Leaving Certificate Examination (including Day School Certificate (Higher) General paper), 1932
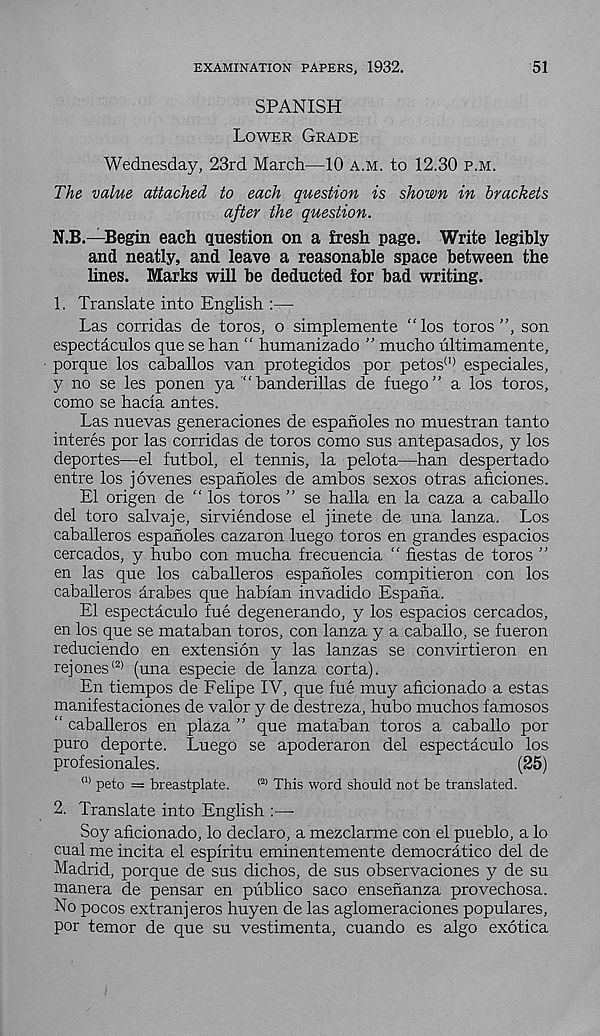
EXAMINATION PAPERS, 1932.
51
SPANISH
Lower Grade
Wednesday, 23rd March—10 a.m. to 12.30 p.m.
The value attached to each question is shown in brackets
after the question.
N.B.—Begin each question on a fresh page. Write legibly
and neatly, and leave a reasonable space between the
lines. Marks will be deducted for bad writing.
1. Translate into English :—
Las corridas de toros, o simplemente “ los toros ”, son
espectaculos que se han “ humanizado ” mucho ultimamente,
porque los caballos van protegidos por petos (1) especiales,
y no se les ponen yabanderillas de fuego” a los toros,
como se hacia antes.
Las nuevas generaciones de espanoles no muestran tanto
interes por las corridas de toros como sus antepasados, y los
deportes—el futbol, el tennis, la pelota—han despertado
entre los jovenes espanoles de ambos sexos otras aficiones.
El origen de “ los toros ” se halla en la caza a caballo
del toro salvaje, sirviendose el jinete de una lanza. Los
caballeros espanoles cazaron luego toros en grandes espacios
cercados, y hubo con mucha frecuencia “ fiestas de toros ”
en las que los caballeros espanoles compitieron con los
caballeros arabes que habian invadido Espana.
El espectaculo fue degenerando, y los espacios cercados,
en los que se mataban toros, con lanza y a caballo, se fueron
reduciendo en extension y las lanzas se convirtieron en
rejones <2) (una especie de lanza corta).
En tiempos de Felipe IV, que fue muy aficionado a estas
manifestaciones de valor y de destreza, hubo muchos famosos
“ caballeros en plaza ” que mataban toros a caballo por
puro deporte. Luego se apoderaron del espectaculo los
profesionales.
(25)
(1) peto = breastplate.
<2> This word should not be translated.
2. Translate into English :—-
Soy aficionado, lo declare, a mezclarme con el pueblo, a lo
cual me incita el esplritu eminentemente democratico del de
Madrid, porque de sus dichos, de sus observaciones y de su
manera de pensar en publico saco ensenanza provechosa.
No pocos extranjeros huyen de las aglomeraciones populares,
por temor de que su vestimenta, cuando es algo exotica